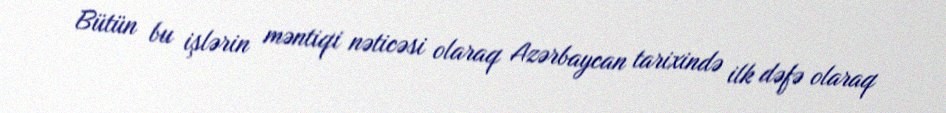
Bütün bu işlərin məntiqi nəticəsi olaraq Azərbaycan tarixində ilk dəfə olaraq